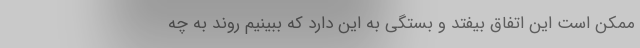
ممکن است این اتفاق بیفتد و بستگی به این دارد که ببینیم روند به چه